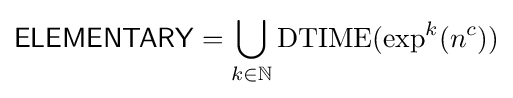
{\mathsf {ELEMENTARY}}=\bigcup _{k\in \mathbb {N} }{\text{DTIME}}(\exp ^{k}(n^{c}))